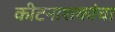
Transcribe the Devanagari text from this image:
कीटनाशकांचा